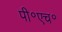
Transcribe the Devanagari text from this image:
पी॰एच॰